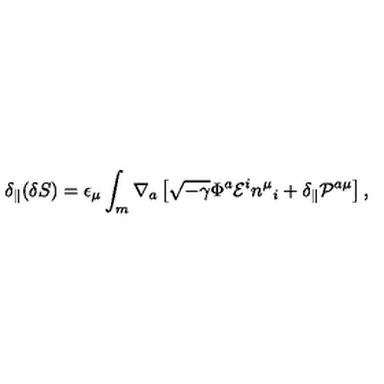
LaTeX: \delta _ { \parallel } ( \delta S ) = \epsilon _ { \mu } \int _ { m } \nabla _ { a } \left[ \sqrt { - \gamma } \Phi ^ { a } { \cal E } ^ { i } n ^ { \mu } { } _ { i } + \delta _ { \parallel } { \cal P } ^ { a \mu } \right] ,